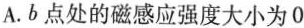
A.b点处的磁感应强度大小为0